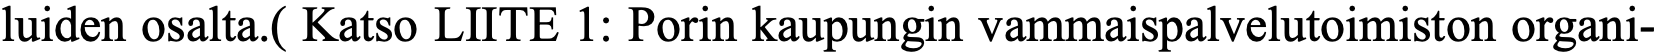
luiden osalta.( Katso LIITE 1: Porin kaupungin vammaispalvelutoimiston organi-